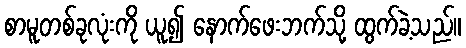
စာမူတစ်ခုလုံးကို ယူ၍ နောက်ဖေးဘက်သို့ ထွက်ခဲ့သည်။